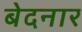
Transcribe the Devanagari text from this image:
बेदनार